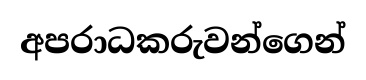
අපරාධකරුවන්ගෙන්